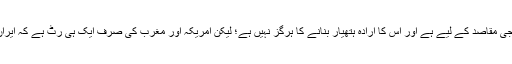
اُس نے بار بار یہ دہرایا ہے کہ اُس کا ایٹمی پروگرام صرف مثبت اور غیرفوجی مقاصد کے لیے ہے اور اُس کا اِرادہ ہتھیار بنانے کا ہرگز نہیں ہے؛ لیکن امریکہ اور مغرب کی صرف ایک ہی رٹ ہے کہ اِیران ایٹمی ہتھیار بنارہا ہے اورہم اِس کو کسی طرح بھی برداشت نہیں کرسکتے۔